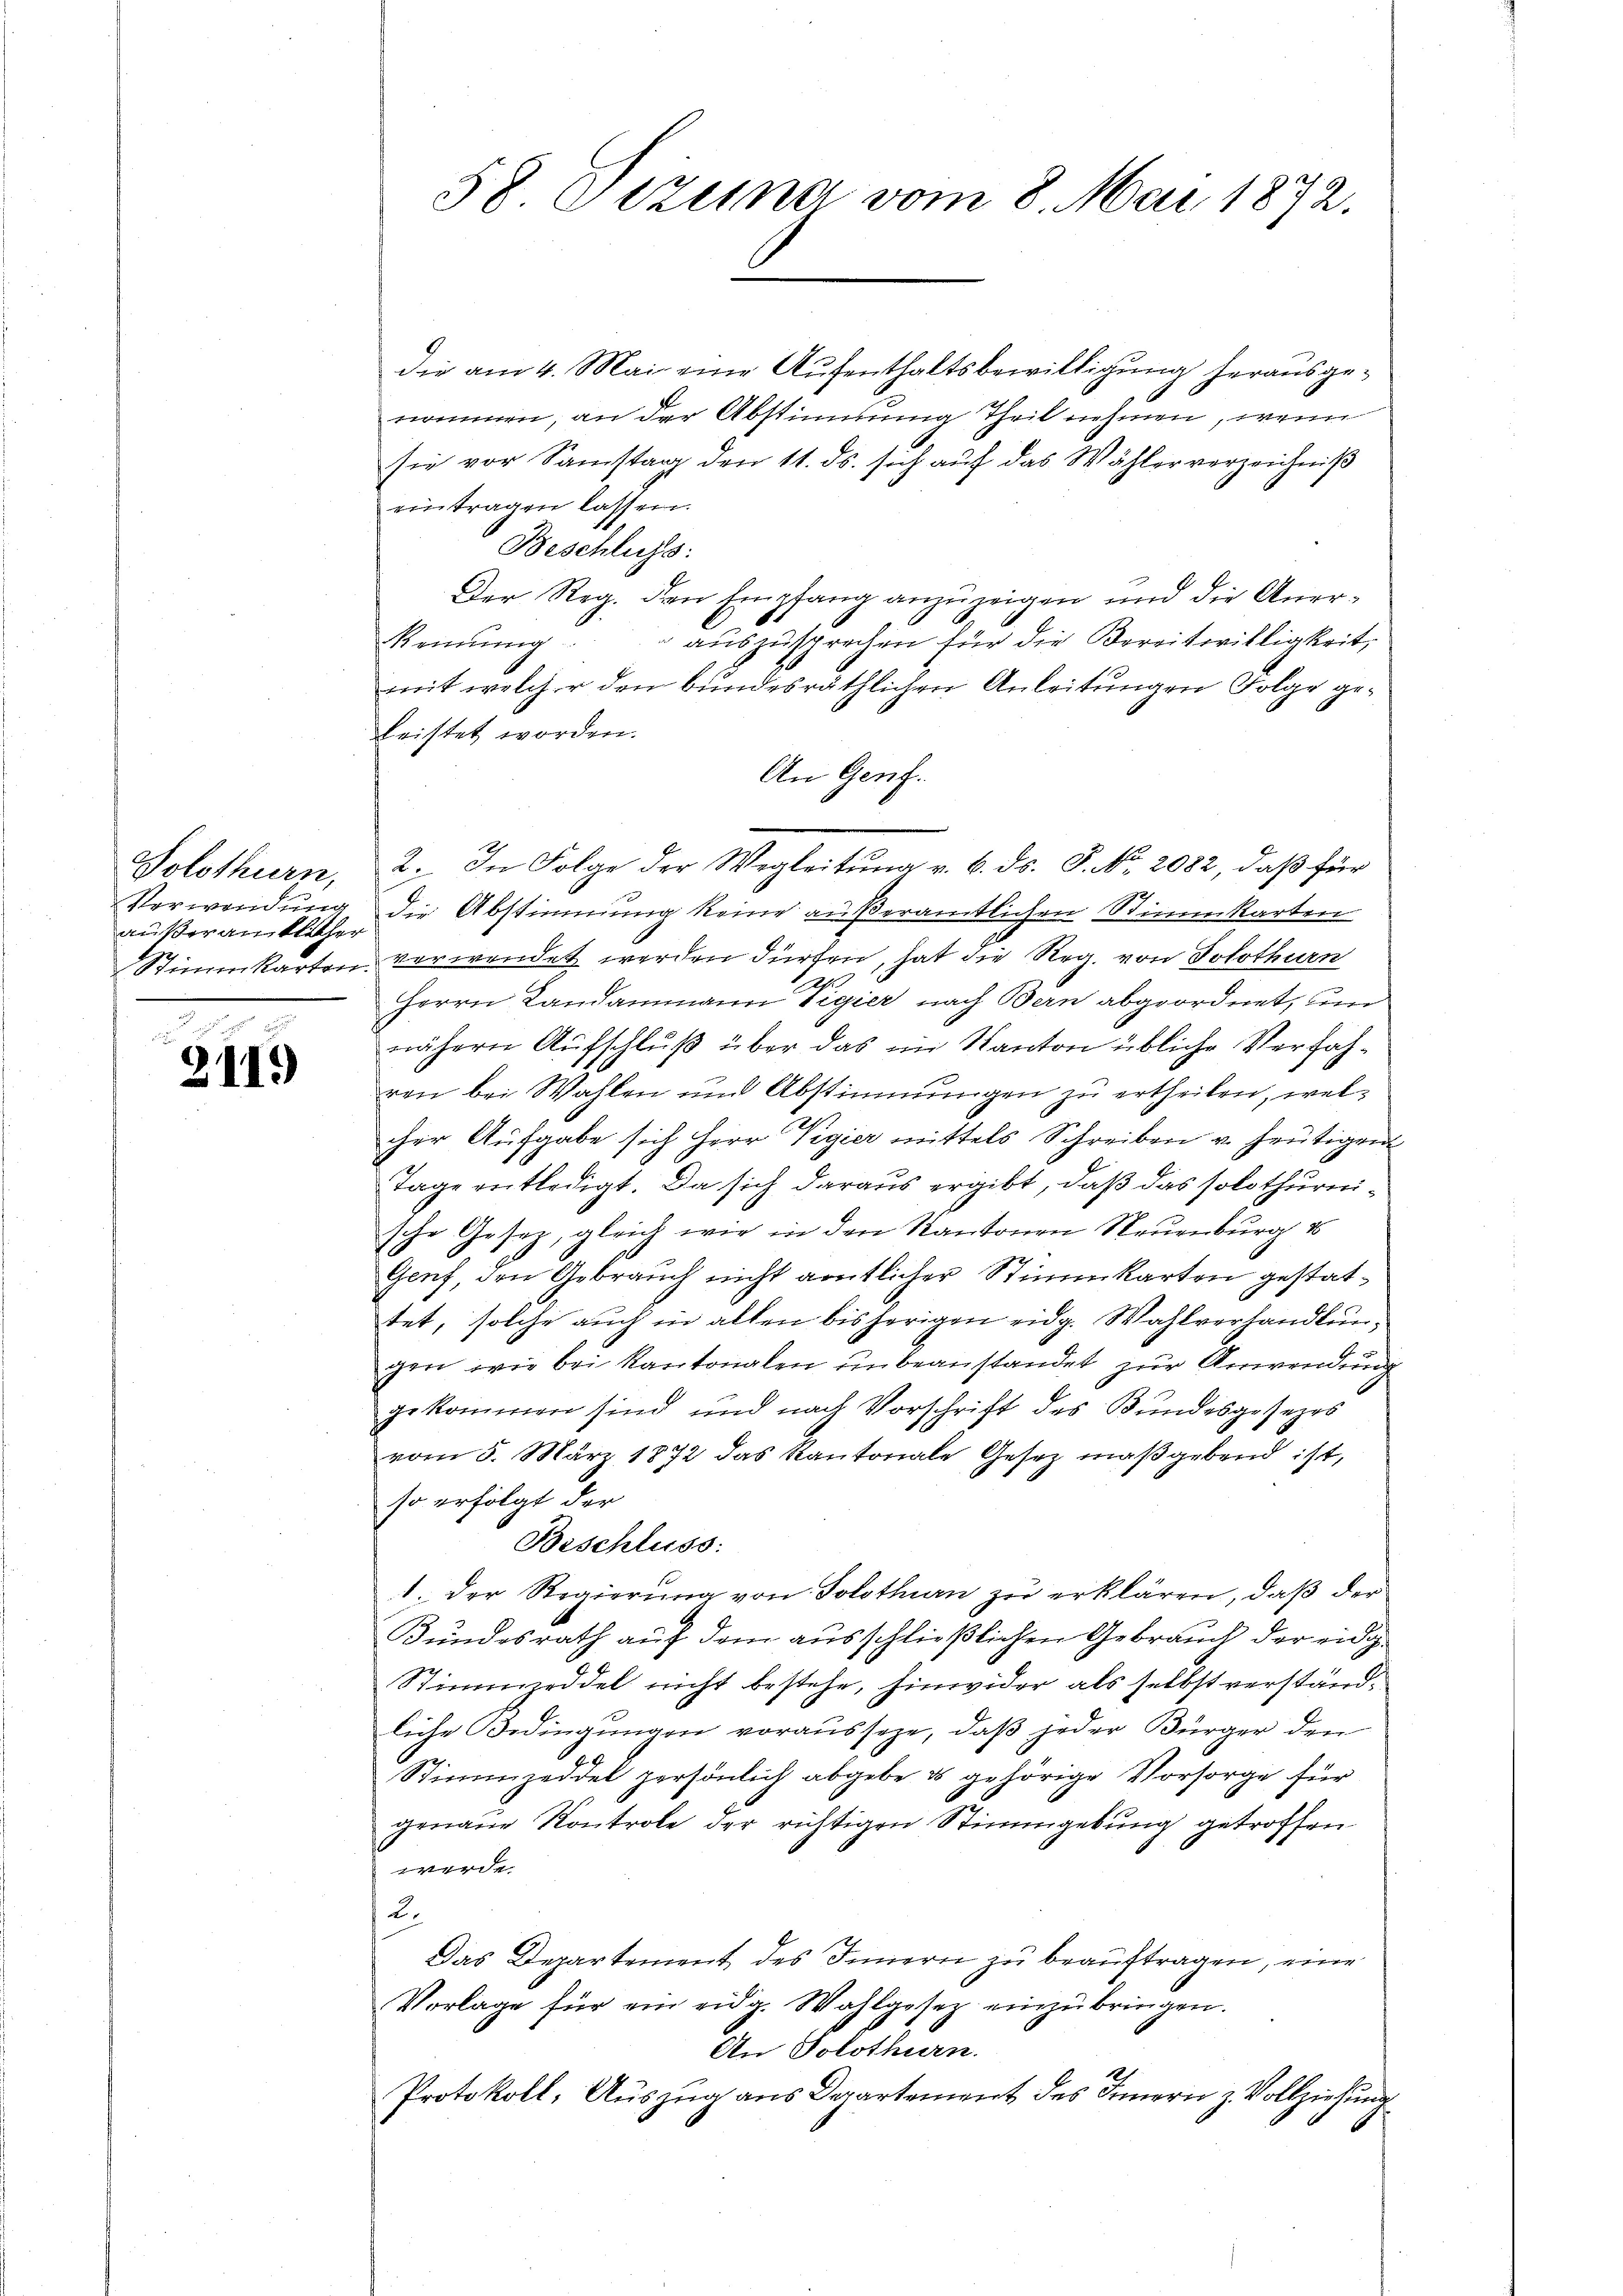
Solothurn,
Verwendung
außeranklichen
Stimmkarten

211.

58 Dezema vom 8. Mai 1872.

die am 4. Mai eine Aufenthaltsbewilligung herausgenommen, an der Abstimmung Theil nehmen, wenn
sie vor Samstag den 11. ds. sich auf das Wählerverzeichniß
eintragen lassen.
Beschluss:
Der Reg. den Empfang anzuzeigen und die Anerauszusprechen für die Bereitwilligkeit,
kennung
mit welcher den bundesräthlichen Anleitungen Folge geleistet worden.
An Genf.
2. In Folge der Wegleitŭng v. 6. ds. S. No. 2082, daß für
die Abstimmung keine außeramtlichen Stimmkarten
verwendet werden dürfen, hat die Reg. von Solothurn
Herrn Landammann Vigier nach Bern abgeordnet, um
nähern Aufschluß über das im Kanton übliche Verfahren bei Wahlen und Abstimmungen zu ertheilen, welcher Aufgabe sich Herr Vigier mittels Schreiben u. heutigen
Tage entledigt. Da sich daraus ergibt, daß das solothurnische Gesetz, gleich wir in den Kantonen Neuenburg 16
Genf, den Gebrauch nicht amtlicher Stimmkarten gestattet, solche auch in alten bisherigen eidg. Wahlverhandlungen, wie bei Kantonalen unbeanstandet zur Anwendung
gekommen sind und nach Vorschrift des Bundesgesezes
vom 5. März 1872 das Kantonale Gesetz maßgebend ist,
so erfolgt der
Beschluss:
1. der Regierŭng von Solothurn zŭ erklären, daβ der
Bundesrath auf dem ausschließlichen Gebrauch der eidig¬
Stimmzeddel nicht bestehe, hinwider als selbst verständliche Bedingungen vorausseze, daß jeder Bürger den
Stimmzeddel persönlich abgebe u gehörige Vorsorge für
genaue Kontrole der richtigen Stimmgebung getroffen
werde.
2.
Das Departement des Innern zu beauftragen, eine
Vorlage für ein eidg. Wahlgesetz einzŭbringen.
An Solothurn.
Protokoll, Auszug aus Departement des Innern z. Vollziehung